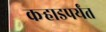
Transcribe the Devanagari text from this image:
कर्‍हाडपर्यंत